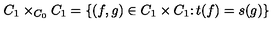
C _ { 1 } \times _ { C _ { 0 } } C _ { 1 } = \{ ( f , g ) \in C _ { 1 } \times C _ { 1 } \colon t ( f ) = s ( g ) \}